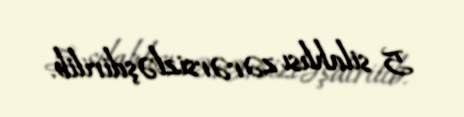
5 silahlısı zərərsizləşdirilib.